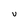
Character: v